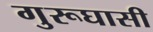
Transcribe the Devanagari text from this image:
गुरूघासी